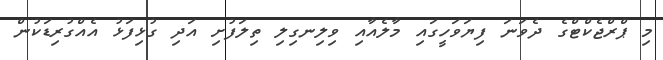
މި ޕްރްޖެކްޓްގެ ދެވަނަ ފިޔަވަހީގައި މާލެއާއި ވިލިނގިލި ތިލަފުށި އަދި ގުޅިފަޅު އެއްގުރިޑަކުން